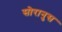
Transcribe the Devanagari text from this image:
सोरानुस